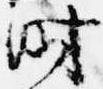
時